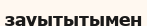
зауытытымен